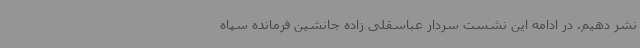
نشر دهیم. در ادامه این نشست سردار عباسقلی زاده جانشین فرمانده سپاه